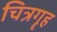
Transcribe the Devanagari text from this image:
चित्रगॄह